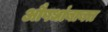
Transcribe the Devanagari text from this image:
औषधांबाबत